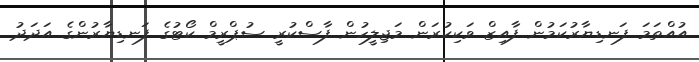
އުއްތަމަ ފަނޑިޔާރުކަމުން ފާއިޒް ވަކިކުރަން މަޖިލީހުން ފާސްކުރީ ސުޕްރީމް ކޯޓުގެ ފަނޑިޔާރުންގެ އަދަދު